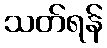
သတ်ရန်